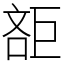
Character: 𣁔